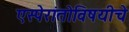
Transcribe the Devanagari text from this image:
एस्पेरांतोविषयीचे